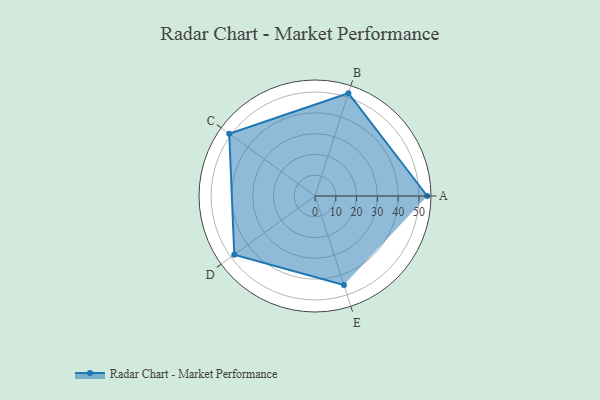
{"axis": {"x": "Skill", "y": "Score"}, "legend": ["Profile"], "data": [{"x": "A", "y": 54.0, "type": "Profile"}, {"x": "B", "y": 52.0, "type": "Profile"}, {"x": "C", "y": 51.0, "type": "Profile"}, {"x": "D", "y": 48.0, "type": "Profile"}, {"x": "E", "y": 45.0, "type": "Profile"}]}